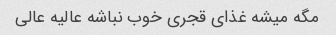
مگه میشه غذای قجری خوب نباشه عالیه عالی